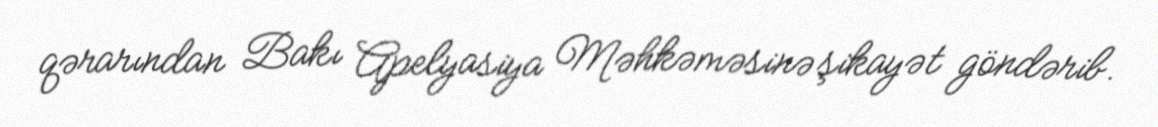
qərarından Bakı Apelyasiya Məhkəməsinə şikayət göndərib.